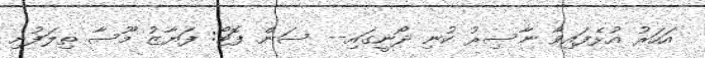
އަހަރު އުޅެފައިވާ ނާސިރު ކުނި ދޯނީގައި-- ސަން ފޮޓޯ: ފަޔާޒު މޫސާ ތިލަފުށި